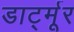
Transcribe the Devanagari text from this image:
डार्ट्मूर